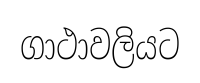
ගාථාවලියට